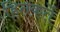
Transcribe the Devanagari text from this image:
हितकर्ते